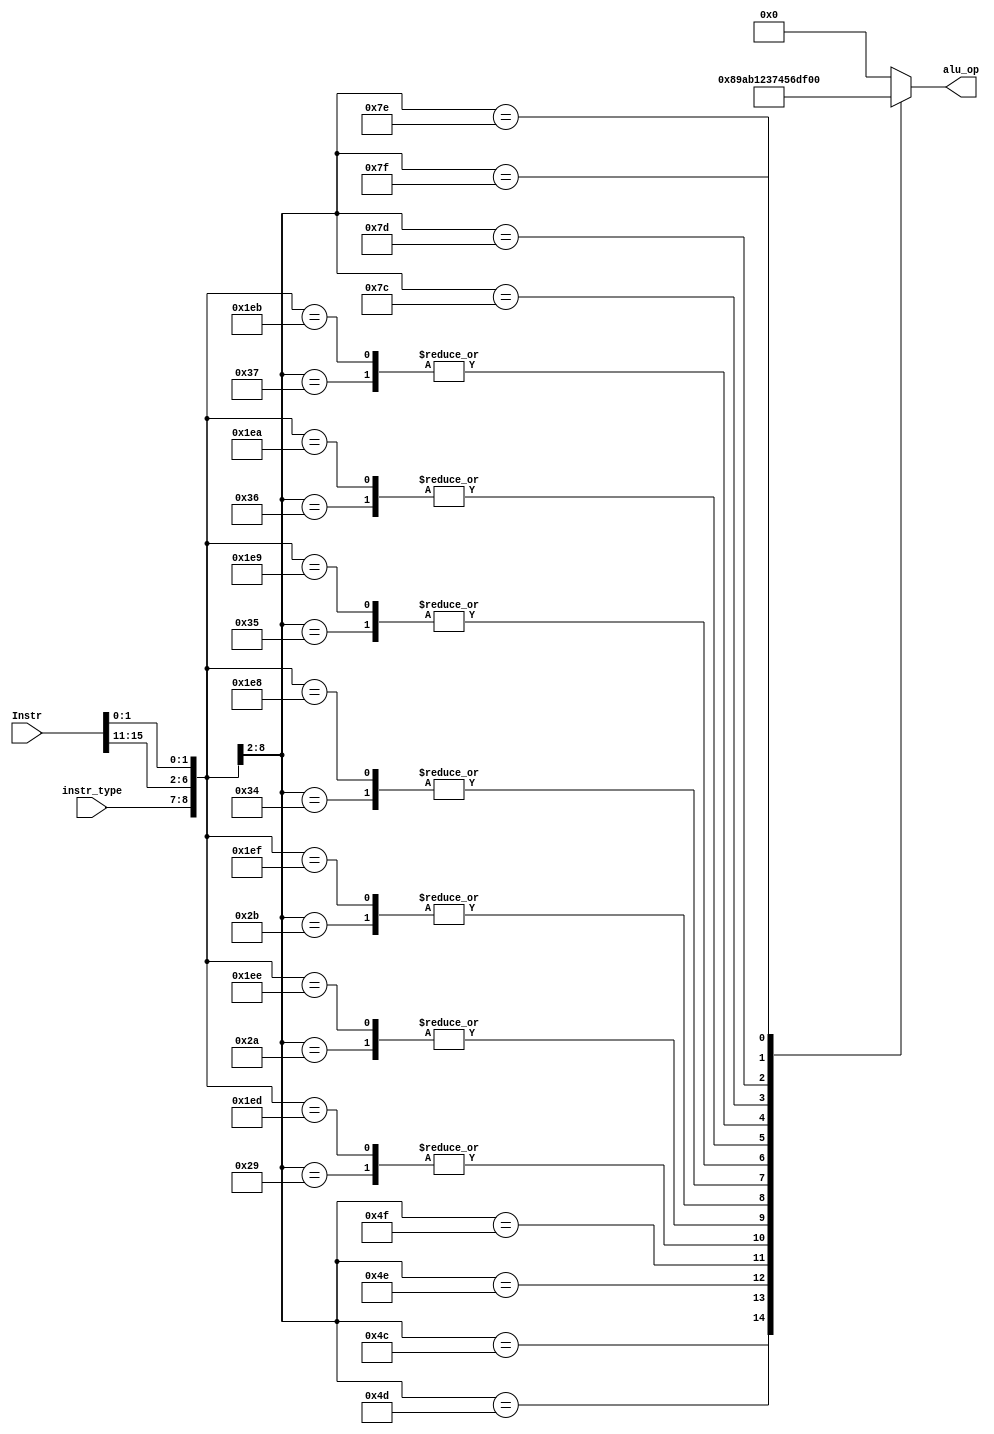
module alu_control(Instr, instr_type, alu_op);

	input [15:0] Instr;
	input [1:0] instr_type;
	output reg [3:0] alu_op;
	
	always @ (*) begin
	
		alu_op = 4'b0000;
		
		casex({instr_type, Instr[15:11], Instr[1:0]})
			
			//J-format
			9'b00_xxxxx_xx: alu_op = 4'b0000;
			
			//I1-format
			//ADD			
			9'b01_01000_xx: alu_op = 4'b0000;

			//ST
			9'b01_10000_xx: alu_op = 4'b0000;

			//LD
			9'b01_10001_xx: alu_op = 4'b0000;

			//STU
			9'b01_10011_xx: alu_op = 4'b0000;

			// SUB
			9'b01_01001_xx: alu_op = 4'b0001;

			//XOR
			9'b01_01010_xx: alu_op = 4'b0010;

			// ANDN
			9'b01_01011_xx: alu_op = 4'b0011;

			// ROL
			9'b01_10100_xx: alu_op = 4'b0111;

			// SLL
			9'b01_10101_xx: alu_op = 4'b0100;
			
			// ROR
			9'b01_10110_xx: alu_op = 4'b0101;

			// SRL
			9'b01_10111_xx: alu_op = 4'b0110;		
			


			//I2-format
			// BEQZ
			9'b10_01100_xx: alu_op = 4'b1000;
	
			// BNEZ
			9'b10_01101_xx: alu_op = 4'b1001;

			// BLTZ
			9'b10_01110_xx: alu_op = 4'b1010; 

			// BGEZ
			9'b10_01111_xx: alu_op = 4'b1011;

			// JR
			9'b10_00101_xx: alu_op = 4'b0000;

			// JALR
			9'b10_00111_XX: alu_op = 4'b0000;
			
			//NO LBI, SLBI, BTR because they do not use the ALU


			
			//R-format
			// ADD
			9'b11_11011_00: alu_op = 4'b0000;

			// SUB
			9'b11_11011_01: alu_op = 4'b0001;

			// XOR
			9'b11_11011_10: alu_op = 4'b0010;

			// ANDN
			9'b11_11011_11: alu_op = 4'b0011;

			// ROL
			9'b11_11010_00: alu_op = 4'b0111;

			// SLL
			9'b11_11010_01: alu_op = 4'b0100;

			// ROR
			9'b11_11010_10: alu_op = 4'b0101;

			// SRL
			9'b11_11010_11: alu_op = 4'b0110;

			// SEQ
			9'b11_11100_xx: alu_op = 4'b1101;

			// SLT
			9'b11_11101_xx: alu_op = 4'b1110;

			// SLE
			9'b11_11110_xx: alu_op = 4'b1111;

			// SCO
			9'b11_11111_xx: alu_op = 4'b1100;
			
		endcase
	
	end
	
endmodule